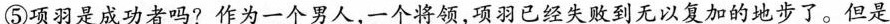
⑤项羽是成功者吗?作为一个男人，一个将领，项羽已经失败到无以复加的地步了。但是